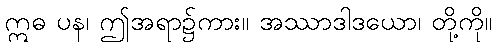
ဣဓ ပန၊ ဤအရာ၌ကား။ အဿာဒါဒယော၊ တို့ကို။